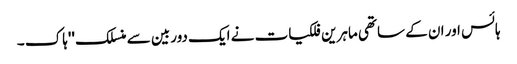
ہائس اور ان کے ساتھی ماہرین فلکیات نے ایک دوربین سے منسلک ''ہاک ۔